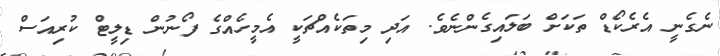
ނެގެނީ އެރެކޯޑް ތަކަށް ބަލައިގެންނެވެ. އަދި މިތަކެއްޗަކީ އެމީހެއްގެ ފޯނުން ޑިލީޓް ކުރިއަސް